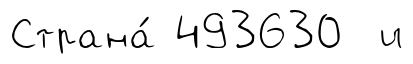
Страна́ 493630 и